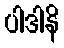
ပါဒါနိ